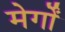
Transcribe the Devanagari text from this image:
मेर्गों